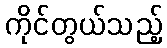
ကိုင်တွယ်သည့်